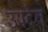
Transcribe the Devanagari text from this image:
उपदेव